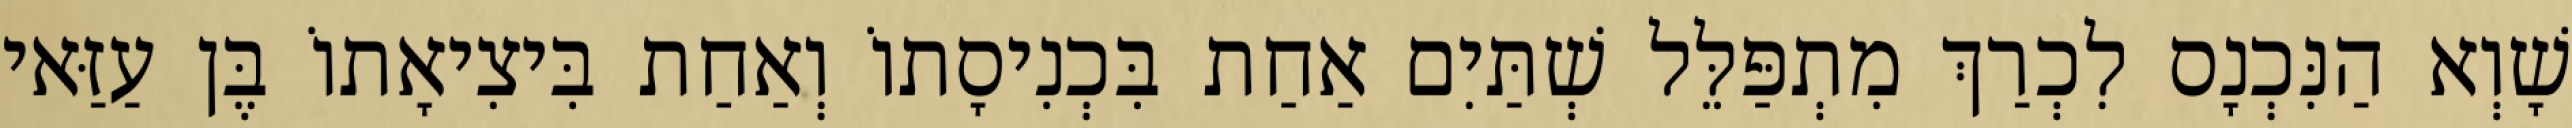
שָׁוְא הַנִּכְנָס לִכְרַךְ מִתְפַּלֵּל שְׁתַּיִם אַחַת בִּכְנִיסָתוֹ וְאַחַת בִּיצִיאָתוֹ בֶּן עַזַּאי